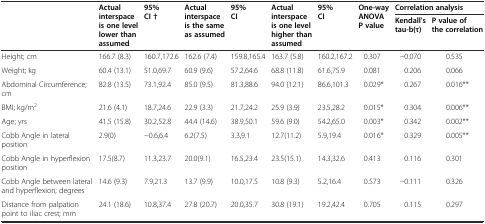
<table><thead><tr><td rowspan="2"></td><td rowspan="2"><b>Actual interspace is one level lower than assumed</b></td><td rowspan="2"><b>95% CI †</b></td><td rowspan="2"><b>Actual interspace is the same as assumed</b></td><td rowspan="2"><b>95% CI</b></td><td rowspan="2"><b>Actual interspace is one level higher than assumed</b></td><td rowspan="2"><b>95% CI</b></td><td rowspan="2"><b>One-way ANOVA P value</b></td><td colspan="2"><b>Correlation analysis</b></td></tr><tr><td><b>Kendall’s tau-b(τ)</b></td><td><b>P value of the correlation</b></td></tr></thead><tbody><tr><td>Height; cm</td><td>166.7 (8.3)</td><td>160.7,172.6</td><td>162.6 (7.4)</td><td>159.8,165.4</td><td>163.7 (5.8)</td><td>160.2,167.2</td><td>0.307</td><td>−0.070</td><td>0.535</td></tr><tr><td>Weight; kg</td><td>60.4 (13.1)</td><td>51.0,69.7</td><td>60.9 (9.6)</td><td>57.2,64.6</td><td>68.8 (11.8)</td><td>61.6,75.9</td><td>0.081</td><td>0.206</td><td>0.066</td></tr><tr><td>Abdominal Circumference; cm</td><td>82.8 (13.5)</td><td>73.1,92.4</td><td>85.0 (9.5)</td><td>81.3,88.6</td><td>94.0 (12.1)</td><td>86.6,101.3</td><td>0.029*</td><td>0.267</td><td>0.016**</td></tr><tr><td>BMI; kg/m<sup>2</sup></td><td>21.6 (4.1)</td><td>18.7,24.6</td><td>22.9 (3.3)</td><td>21.7,24.2</td><td>25.9 (3.9)</td><td>23.5,28.2</td><td>0.015*</td><td>0.304</td><td>0.006**</td></tr><tr><td>Age; yrs</td><td>41.5 (15.8)</td><td>30.2,52.8</td><td>44.4 (14.6)</td><td>38.9,50.1</td><td>59.6 (9.0)</td><td>54.2,65.0</td><td>0.003*</td><td>0.342</td><td>0.002**</td></tr><tr><td>Cobb Angle in lateral position</td><td>2.9(0)</td><td>−0.6,6.4</td><td>6.2(7.5)</td><td>3.3,9.1</td><td>12.7(11.2)</td><td>5.9,19.4</td><td>0.016*</td><td>0.329</td><td>0.005**</td></tr><tr><td>Cobb Angle in hyperflexion position</td><td>17.5(8.7)</td><td>11.3,23.7</td><td>20.0(9.1)</td><td>16.5,23.4</td><td>23.5(15.1)</td><td>14.3,32.6</td><td>0.413</td><td>0.116</td><td>0.301</td></tr><tr><td>Cobb Angle between lateral and hyperflexion; degrees</td><td>14.6 (9.3)</td><td>7.9,21.3</td><td>13.7 (9.9)</td><td>10.0,17.5</td><td>10.8 (9.3)</td><td>5.2,16.4</td><td>0.573</td><td>−0.111</td><td>0.326</td></tr><tr><td>Distance from palpation point to iliac crest; mm</td><td>24.1 (18.6)</td><td>10.8,37.4</td><td>27.8 (20.7)</td><td>20.0,35.7</td><td>30.8 (19.1)</td><td>19.2,42.4</td><td>0.705</td><td>0.115</td><td>0.297</td></tr></tbody></table>